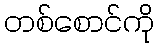
တစ်စောင်ကို